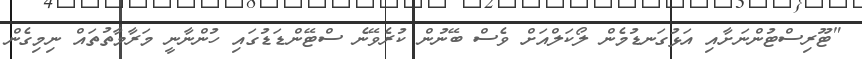
"ޓޫރިސްޓުންނަށާއި އަޅުގަނޑުމެން ލޯކަލްއަށް ވެސް ބޭނުން ކުރެވޭނެ ސްޓޭންޑަޑުގައި ހުންނާނީ މަރާމާތުތައް ނިމިގެން